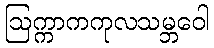
ဩက္ကာကကုလသမ္ဘဝေါ